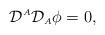
LaTeX: \begin{align*}{\cal D}^{\scriptscriptstyle A}{\cal D}_{\scriptscriptstyle A}\phi=0,\end{align*}